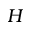
H